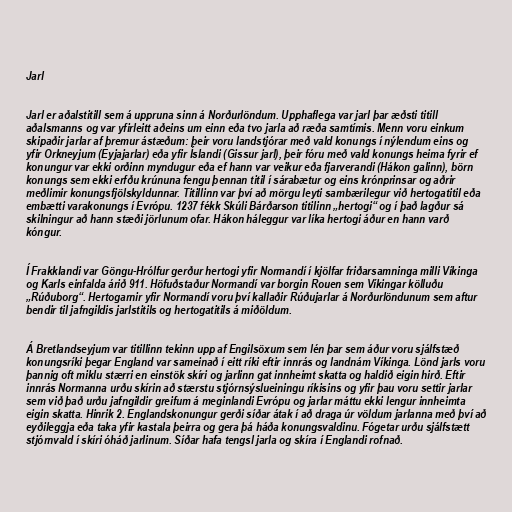
Jarl

Jarl er aðalstitill sem á uppruna sinn á Norðurlöndum. Upphaflega var jarl þar æðsti titill
aðalsmanns og var yfirleitt aðeins um einn eða tvo jarla að ræða samtímis. Menn voru einkum
skipaðir jarlar af þremur ástæðum: þeir voru landstjórar með vald konungs í nýlendum eins og
yfir Orkneyjum (Eyjajarlar) eða yfir Íslandi (Gissur jarl), þeir fóru með vald konungs heima fyrir ef
konungur var ekki orðinn myndugur eða ef hann var veikur eða fjarverandi (Hákon galinn), börn
konungs sem ekki erfðu krúnuna fengu þennan titil í sárabætur og eins krónprinsar og aðrir
meðlimir konungsfjölskyldunnar. Titillinn var því að mörgu leyti sambærilegur við hertogatitil eða
embætti varakonungs í Evrópu. 1237 fékk Skúli Bárðarson titilinn „hertogi“ og í það lagður sá
skilningur að hann stæði jörlunum ofar. Hákon háleggur var líka hertogi áður en hann varð
kóngur.

Í Frakklandi var Göngu-Hrólfur gerður hertogi yfir Normandí í kjölfar friðarsamninga milli Víkinga
og Karls einfalda árið 911. Höfuðstaður Normandí var borgin Rouen sem Víkingar kölluðu
„Rúðuborg“. Hertogarnir yfir Normandí voru því kallaðir Rúðujarlar á Norðurlöndunum sem aftur
bendir til jafngildis jarlstitils og hertogatitils á miðöldum.

Á Bretlandseyjum var titillinn tekinn upp af Engilsöxum sem lén þar sem áður voru sjálfstæð
konungsríki þegar England var sameinað í eitt ríki eftir innrás og landnám Víkinga. Lönd jarls voru
þannig oft miklu stærri en einstök skíri og jarlinn gat innheimt skatta og haldið eigin hirð. Eftir
innrás Normanna urðu skírin að stærstu stjórnsýslueiningu ríkisins og yfir þau voru settir jarlar
sem við það urðu jafngildir greifum á meginlandi Evrópu og jarlar máttu ekki lengur innheimta
eigin skatta. Hinrik 2. Englandskonungur gerði síðar átak í að draga úr völdum jarlanna með því að
eyðileggja eða taka yfir kastala þeirra og gera þá háða konungsvaldinu. Fógetar urðu sjálfstætt
stjórnvald í skíri óháð jarlinum. Síðar hafa tengsl jarla og skíra í Englandi rofnað.